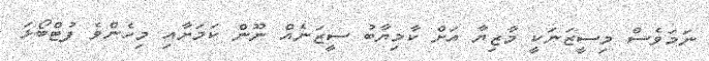
ނަމަވެސް މިސީޒަނަކީ މާޒިޔާ އަށް ކާމިޔާބު ސީޒަނެއް ނޫން ކަމަށާއި މިހެންވެ ފުޓްބޯޅަ